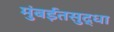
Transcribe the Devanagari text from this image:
मुंबईतसुद्धा